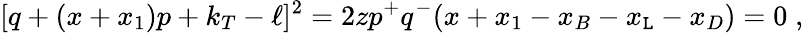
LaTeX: [q+(x+x_{1})p+k_{T}-\ell]^{2}=2zp^{+}q^{-}(x+x_{1}-x_{B}-x_{\mathtt{L}}-x_{D})=0\; ,